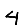
Digit: 4